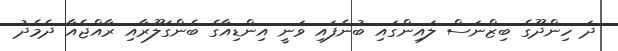
ދަ ހިންދޫގެ ބިޒްނަސް ލައިންގައި ބުނެފައި ވަނީ އިންޑިއާގެ ބެންގަލޫރާއި ރާއްޖެއާ ދެމެދު